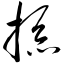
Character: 掭